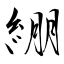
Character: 綳